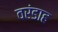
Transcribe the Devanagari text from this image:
वरंडाह